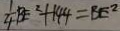
\frac { 1 } { 4 } B E ^ { 2 } + 1 4 4 = B E ^ { 2 }